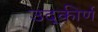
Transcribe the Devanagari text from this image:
उद्कीर्ण